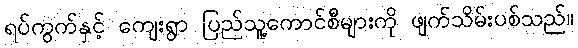
ရပ်ကွက်နှင့် ကျေးရွာ ပြည်သူ့ကောင်စီများကို ဖျက်သိမ်းပစ်သည်။